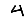
Digit: 4